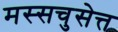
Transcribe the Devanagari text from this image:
मस्सचुसेत्त